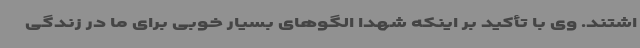
اشتند. وی با تأکید بر اینکه شهدا الگوهای بسیار خوبی برای ما در زندگی